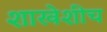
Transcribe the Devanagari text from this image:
शाखेशीच